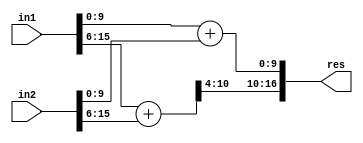
`timescale 1ns / 1ps
//////////////////////////////////////////////////////////////////////////////////
// Company: 
// Engineer: 
// 
// Create Date:    
// Design Name: 
// Module Name:    GeAr_N16_R6_P4 
// Project Name: 
// Target Devices: 
// Tool versions: 
// Description: 
//
// Dependencies: 
//
// Revision: 
// Revision 0.01 - File Created
// Additional Comments: 
//
//////////////////////////////////////////////////////////////////////////////////
module GeAr_N16_R6_P4(
    input [15:0] in1,
    input [15:0] in2,
    output [16:0] res
    );

wire [10:0] temp1,temp2;

assign temp1[10:0] = in1[9:0] + in2[9:0];
assign temp2[10:0] = in1[15:6] + in2[15:6];

assign res[16:0] = {temp2[10:4],temp1[9:0]};

endmodule